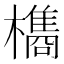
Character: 𭬥